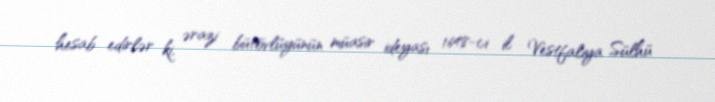
hesab edirlər ki, ərazi bütövlüyünün müasir ideyası 1648-ci il Vestfaliya Sülhü